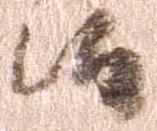
候